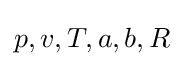
p,v,T,a,b,R